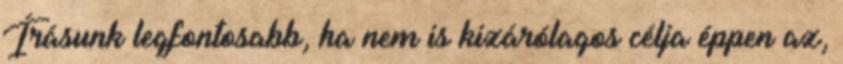
Írásunk legfontosabb, ha nem is kizárólagos célja éppen az,